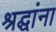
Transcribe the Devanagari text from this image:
श्रद्घांना